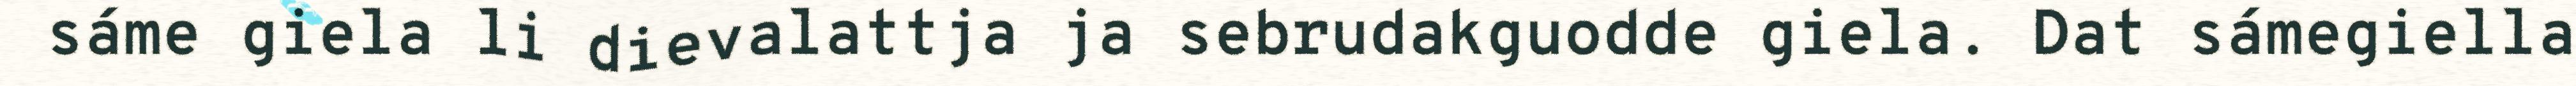
sáme giela li dievalattja ja sebrudakguodde giela. Dat sámegiella